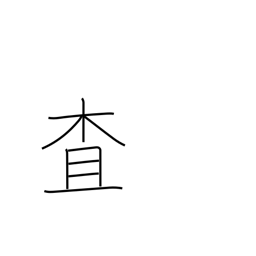
Meaning: investigate